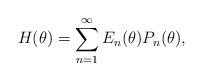
LaTeX: \begin{align*}H(\theta)=\sum_{n=1}^{\infty}E_n(\theta)P_n(\theta),\end{align*}